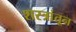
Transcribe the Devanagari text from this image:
शस्त्रांतून